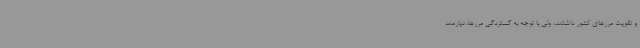
و تقویت مرزهای کشور داشتند، ولی با توجه به گستردگی مرزها، نیازمند